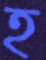
হ